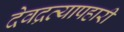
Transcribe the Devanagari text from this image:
देवद्रव्यापहारी